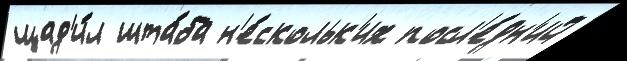
щад'и́л шта́ба н'е́скольк'их посл'е́дн'ий